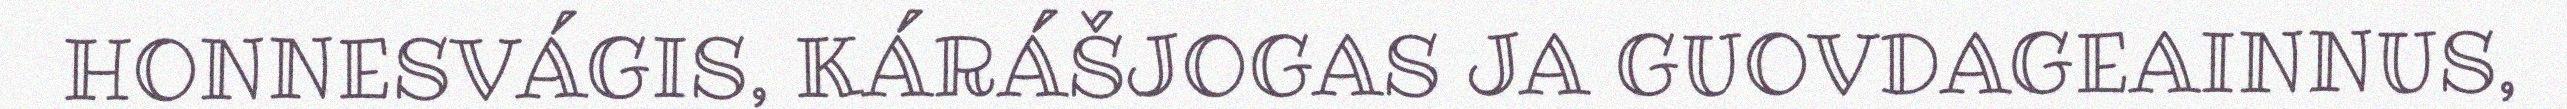
HONNESVÁGIS, KÁRÁŠJOGAS JA GUOVDAGEAINNUS,